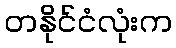
တနိုင်ငံလုံးက